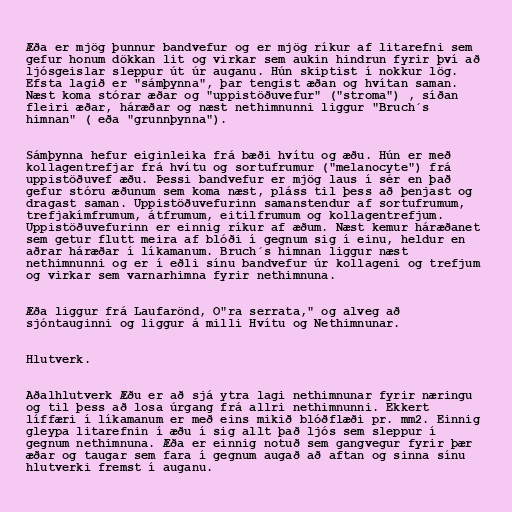
Æða er mjög þunnur bandvefur og er mjög ríkur af litarefni sem
gefur honum dökkan lit og virkar sem aukin hindrun fyrir því að
ljósgeislar sleppur út úr auganu. Hún skiptist í nokkur lög.
Efsta lagið er "sámþynna", þar tengist æðan og hvítan saman.
Næst koma stórar æðar og "uppistöðuvefur" ("stroma") , síðan
fleiri æðar, háræðar og næst nethimnunni liggur "Bruch´s
himnan" ( eða "grunnþynna").

Sámþynna hefur eiginleika frá bæði hvítu og æðu. Hún er með
kollagentrefjar frá hvítu og sortufrumur ("melanocyte") frá
uppistöðuvef æðu. Þessi bandvefur er mjög laus í sér en það
gefur stóru æðunum sem koma næst, pláss til þess að þenjast og
dragast saman. Uppistöðuvefurinn samanstendur af sortufrumum,
trefjakímfrumum, átfrumum, eitilfrumum og kollagentrefjum.
Uppistöðuvefurinn er einnig ríkur af æðum. Næst kemur háræðanet
sem getur flutt meira af blóði í gegnum sig í einu, heldur en
aðrar háræðar í líkamanum. Bruch´s himnan liggur næst
nethimnunni og er í eðli sínu bandvefur úr kollageni og trefjum
og virkar sem varnarhimna fyrir nethimnuna.

Æða liggur frá Laufarönd, O"ra serrata," og alveg að
sjóntauginni og liggur á milli Hvítu og Nethimnunar.

Hlutverk.

Aðalhlutverk Æðu er að sjá ytra lagi nethimnunar fyrir næringu
og til þess að losa úrgang frá allri nethimnunni. Ekkert
líffæri í líkamanum er með eins mikið blóðflæði pr. mm2. Einnig
gleypa litarefnin í æðu í sig allt það ljós sem sleppur í
gegnum nethimnuna. Æða er einnig notuð sem gangvegur fyrir þær
æðar og taugar sem fara í gegnum augað að aftan og sinna sínu
hlutverki fremst í auganu.